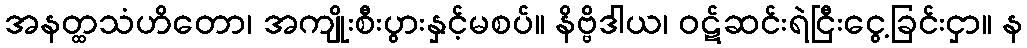
အနတ္ထသံဟိတော၊ အကျိုးစီးပွားနှင့်မစပ်။ နိဗ္ဗိဒါယ၊ ဝဋ်ဆင်းရဲငြီးငွေ့ခြင်းငှာ။ န